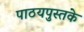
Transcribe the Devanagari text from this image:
पाठयपुस्तके